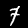
Label: 7